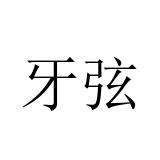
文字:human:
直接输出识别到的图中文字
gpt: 牙弦